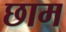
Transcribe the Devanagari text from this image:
छाम